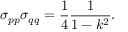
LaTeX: \sigma _ { p p } \sigma _ { q q } = \frac { 1 } { 4 } \frac { 1 } { 1 - k ^ { 2 } } .